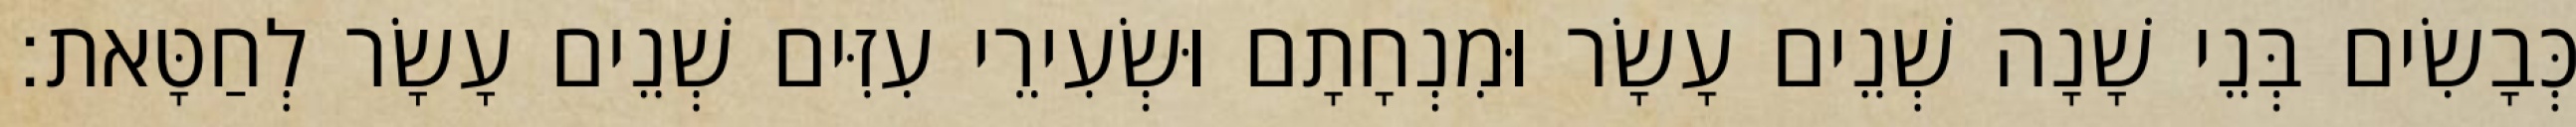
כְּבָשִׂים בְּנֵי שָׁנָה שְׁנֵים עָשָׂר וּמִנְחָתָם וּשְׂעִירֵי עִזִּים שְׁנֵים עָשָׂר לְחַטָּאת׃